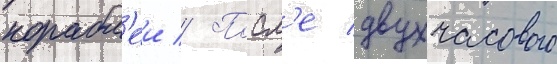
корабл'еи // Посл'е двухчасового